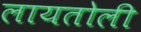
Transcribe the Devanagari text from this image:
लायतोली